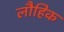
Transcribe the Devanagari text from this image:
लौहिक